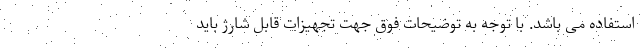
استفاده می باشد. با توجه به توضیحات فوق جهت تجهیزات قابل شارژ باید